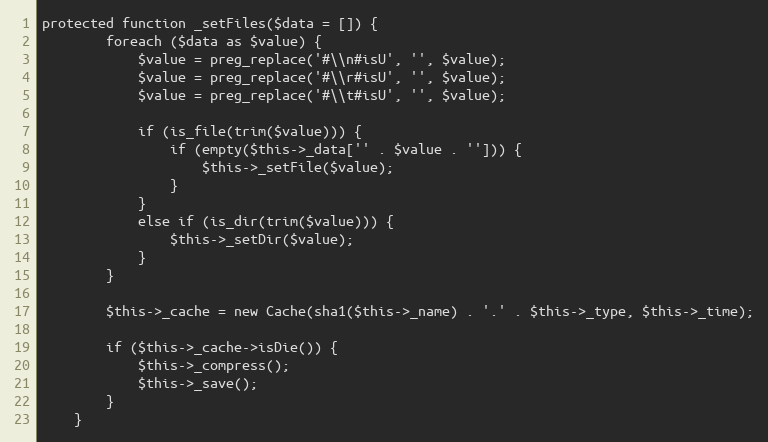
Language: PHP
protected function _setFiles($data = []) {
        foreach ($data as $value) {
            $value = preg_replace('#\\n#isU', '', $value);
            $value = preg_replace('#\\r#isU', '', $value);
            $value = preg_replace('#\\t#isU', '', $value);

            if (is_file(trim($value))) {
                if (empty($this->_data['' . $value . ''])) {
                    $this->_setFile($value);
                }
            }
            else if (is_dir(trim($value))) {
                $this->_setDir($value);
            }
        }

        $this->_cache = new Cache(sha1($this->_name) . '.' . $this->_type, $this->_time);

        if ($this->_cache->isDie()) {
            $this->_compress();
            $this->_save();
        }
    }